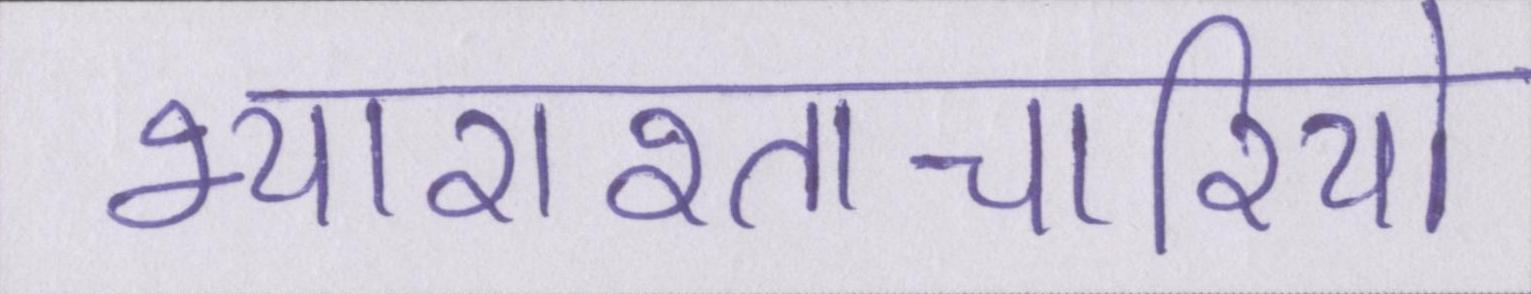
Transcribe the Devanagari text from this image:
भ्याराश्ताचारियो